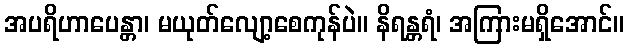
အပရိဟာပေန္တာ၊ မယုတ်လျော့စေကုန်ပဲ။ နိရန္တရံ၊ အကြားမရှိအောင်။